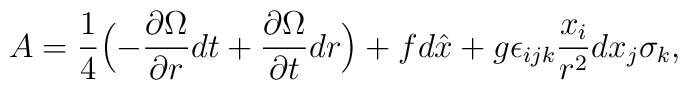
A=\frac{1}{4}\Bigl(-\frac{\partial\Omega}{\partial r}dt+\frac{\partial\Omega}{\partial t}dr\Bigr)+f d\hat{x}+g\epsilon_{ijk}\frac{x_i}{r^2}dx_j\sigma_k,